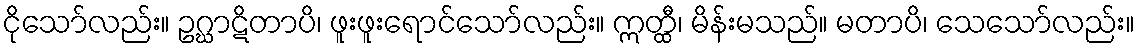
ငိုသော်လည်း။ ဥဂ္ဃာဋိတာပိ၊ ဖူးဖူးရောင်သော်လည်း။ ဣတ္ထီ၊ မိန်းမသည်။ မတာပိ၊ သေသော်လည်း။